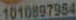
1010897954